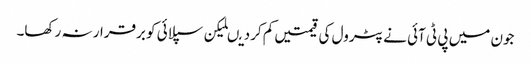
جون میں پی ٹی آئی نے پٹرول کی قیمتیں کم کردیںلیکن سپلائی کو برقرار نہ رکھا۔